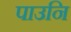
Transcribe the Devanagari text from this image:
पाउनि